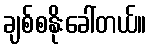
ချစ်စနိုးခေါ်တယ်။